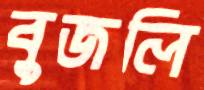
বুজলি